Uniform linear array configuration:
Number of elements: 4
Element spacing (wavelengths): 0.25
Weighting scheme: hann
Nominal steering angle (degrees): -45
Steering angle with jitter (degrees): -45.261
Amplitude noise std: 0.05
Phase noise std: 0.05

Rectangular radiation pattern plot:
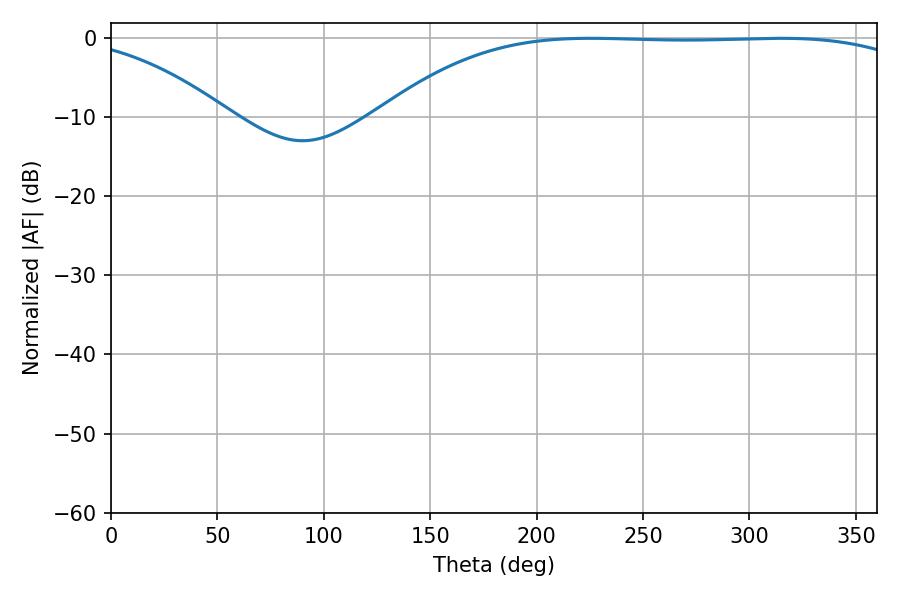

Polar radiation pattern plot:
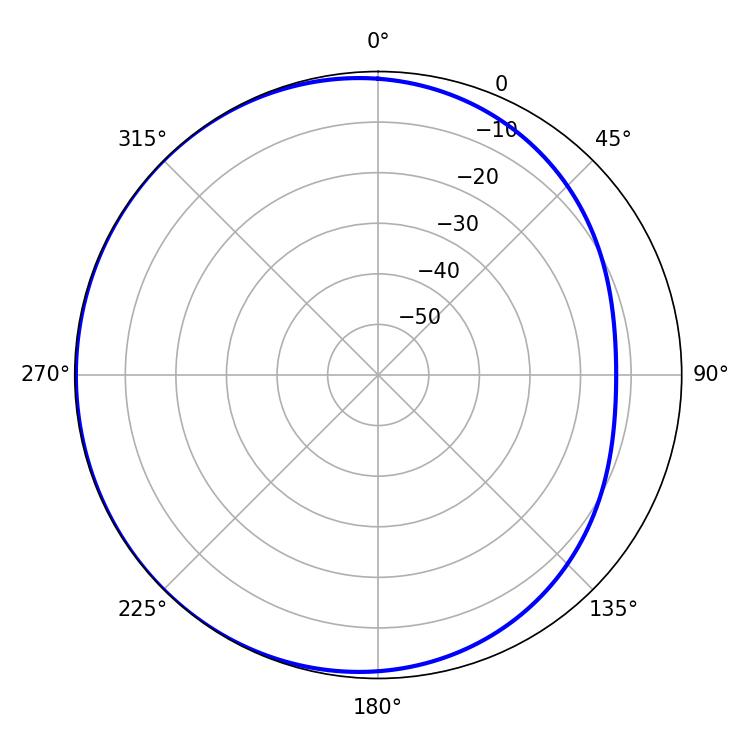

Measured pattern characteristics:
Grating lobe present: FALSE
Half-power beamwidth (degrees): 196.56
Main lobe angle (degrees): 225.36